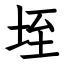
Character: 垤